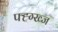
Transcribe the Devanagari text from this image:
फ्ह्ग्ख्ज